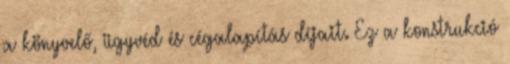
a könyvelő, ügyvéd és cégalapítás díjait. Ez a konstrukció